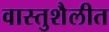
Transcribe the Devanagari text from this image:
वास्तुशैलीत